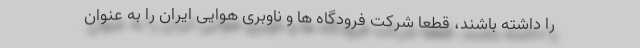
را داشته باشند، قطعا شرکت فرودگاه ها و ناوبری هوایی ایران را به عنوان